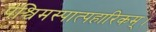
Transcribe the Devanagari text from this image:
पश्चिमस्पात्पहारिकम्।